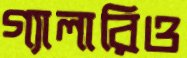
গ্যালারিও